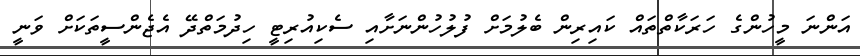
އަންނަ މީހުންގެ ހަރަކާތްތައް ކައިރިން ބެލުމަށް ފުލުހުންނަށާއި ސެކިއުރިޓީ ހިދުމަތްދޭ އެޖެންސީތަކަށް ވަނީ